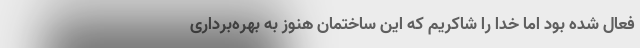
فعال شده بود اما خدا را شاکریم که این ساختمان هنوز به بهره‌برداری